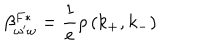
LaTeX: \beta _ { \omega ^ { \prime } \omega } ^ { F * } = \frac 1 e \rho \, ( k _ { + } , k _ { - } )